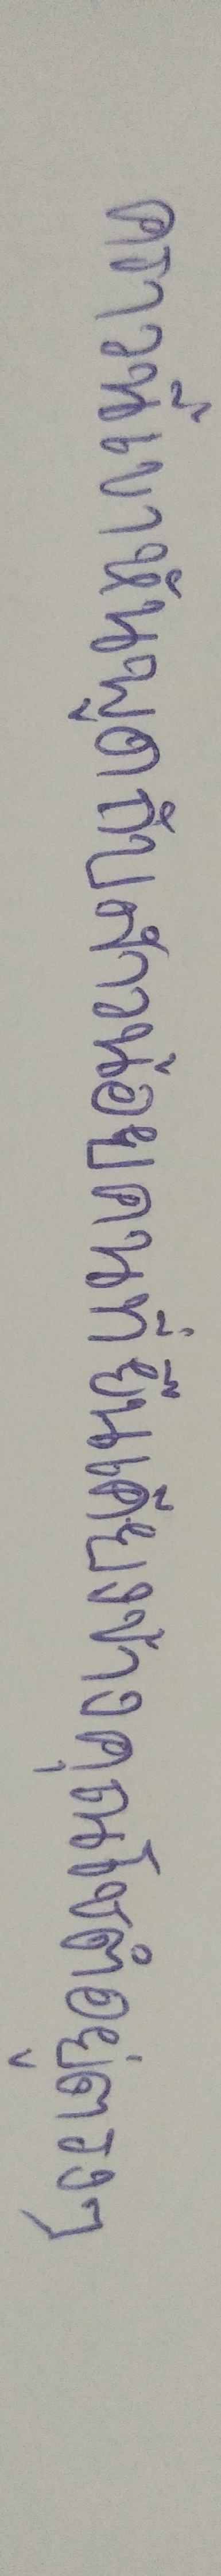
คราวนี้เขาหันพูดกับสาวน้อยคนที่ยืนเคียงข้างคุณโชติอยู่ตรงๆ